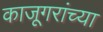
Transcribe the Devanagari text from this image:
काजूगरांच्या